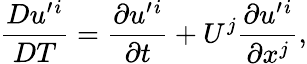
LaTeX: \frac{Du^{\prime}{}^{i}}{DT}=\frac{\partial u^{\prime}{}^{i}}{\partial t}+U^{j}\frac{\partial u^{\prime}{}^{i}}{\partial x^{j}},